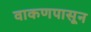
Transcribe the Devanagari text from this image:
वाकणपासून